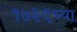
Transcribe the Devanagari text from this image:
१७३९च्या